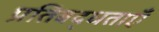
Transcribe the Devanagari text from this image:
प्रतिबद्धताएँ